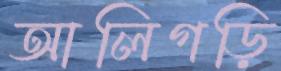
আলিগড়ি